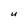
Character: U